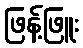
ဖြန့်ဖြူး